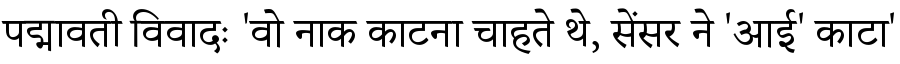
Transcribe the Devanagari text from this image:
पद्मावती विवादः 'वो नाक काटना चाहते थे, सेंसर ने 'आई' काटा'